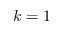
k = 1